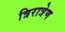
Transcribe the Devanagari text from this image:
त्रिरात्रेण